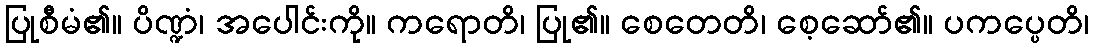
ပြုစီမံ၏။ ပိဏ္ဍံ၊ အပေါင်းကို။ ကရောတိ၊ ပြု၏။ စေတေတိ၊ စေ့ဆော်၏။ ပကပ္ပေတိ၊